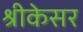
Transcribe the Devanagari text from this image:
श्रीकेसर